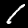
Digit: 1